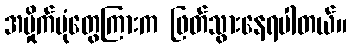
အမှိုက်ပုံတွေကြားက ဖြတ်သွားနေရပါတယ်။